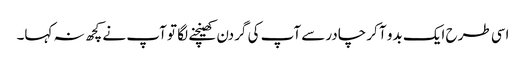
اسی طرح ایک بدو آ کر چادرسے آپ کی گردن کھینچنے لگا تو آپ نے کچھ نہ کہا۔